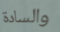
والسادة